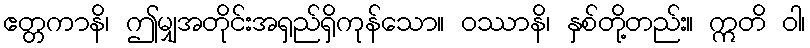
ဧတ္တကာနိ၊ ဤမျှအတိုင်းအရှည်ရှိကုန်သော။ ဝဿာနိ၊ နှစ်တို့တည်း။ ဣတိ ဝါ၊